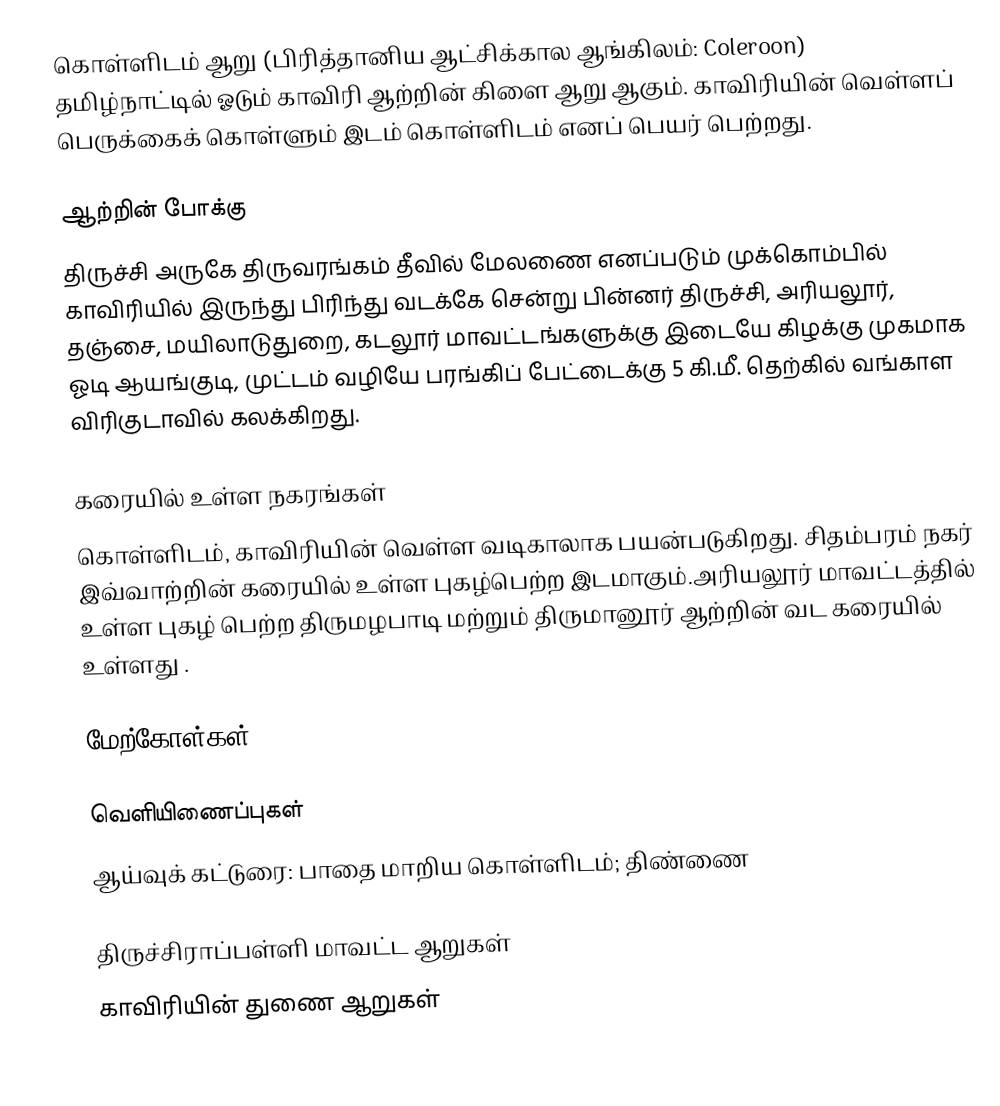
கொள்ளிடம் ஆறு (பிரித்தானிய ஆட்சிக்கால ஆங்கிலம்: Coleroon)  தமிழ்நாட்டில் ஓடும் காவிரி ஆற்றின் கிளை ஆறு ஆகும். காவிரியின் வெள்ளப் பெருக்கைக் கொள்ளும் இடம் கொள்ளிடம் எனப் பெயர் பெற்றது.

ஆற்றின் போக்கு
திருச்சி அருகே திருவரங்கம் தீவில் மேலணை எனப்படும் முக்கொம்பில் காவிரியில் இருந்து பிரிந்து வடக்கே சென்று பின்னர் திருச்சி, அரியலூர், தஞ்சை, மயிலாடுதுறை, கடலூர் மாவட்டங்களுக்கு இடையே கிழக்கு முகமாக ஓடி ஆயங்குடி, முட்டம் வழியே பரங்கிப் பேட்டைக்கு 5 கி.மீ. தெற்கில்  வங்காள விரிகுடாவில் கலக்கிறது.

கரையில் உள்ள நகரங்கள்
கொள்ளிடம், காவிரியின் வெள்ள வடிகாலாக பயன்படுகிறது. சிதம்பரம் நகர் இவ்வாற்றின் கரையில் உள்ள புகழ்பெற்ற இடமாகும்.அரியலூர் மாவட்டத்தில் உள்ள புகழ் பெற்ற திருமழபாடி மற்றும் திருமானூர் ஆற்றின் வட கரையில் உள்ளது  .

மேற்கோள்கள்

வெளியிணைப்புகள்
 ஆய்வுக் கட்டுரை: பாதை மாறிய கொள்ளிடம்; திண்ணை

திருச்சிராப்பள்ளி மாவட்ட ஆறுகள்
காவிரியின் துணை ஆறுகள்